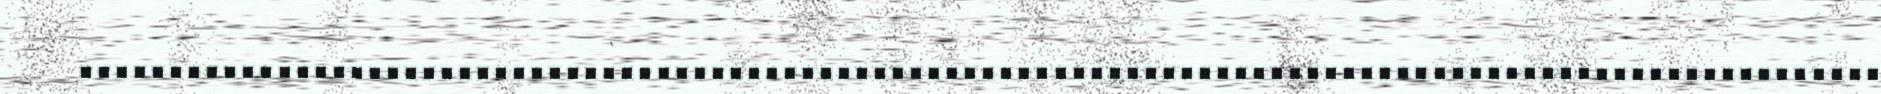
....................................................................................................